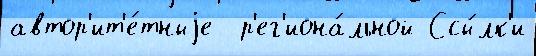
автор'ит'е́тныjе  р'ег'иона́льной Ссы́лк'и